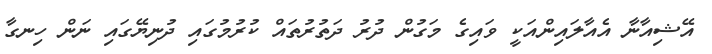
އޭޝިއާނާ އެއާލައިންއަކީ ވައިގެ މަގުން ދުރު ދަތުރުތައް ކުރުމުގައި ދުނިޔޭގައި ނަން ހިނގާ